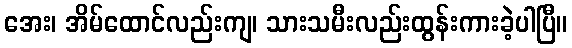
အေး၊ အိမ်ထောင်လည်းကျ၊ သားသမီးလည်းထွန်းကားခဲ့ပါပြီ။